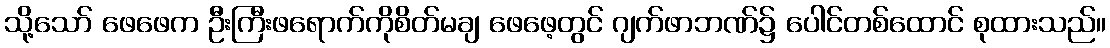
သို့သော် ဖေဖေက ဦးကြီးဖရောက်ကိုစိတ်မချ ဖေဖေ့တွင် ဂျက်ဖာဘဏ်၌ ပေါင်တစ်ထောင် စုထားသည်။